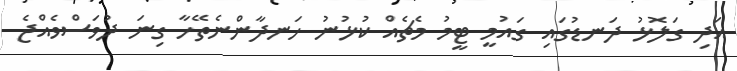
އަދި ގަލޮޅު ދަނޑުގައި ގައުމީ ޓީމު މެޗެއް ކުޅުނު ހަނދާންނެތޭހާ ގިނަ ދުވަސްވެއްޖެ